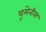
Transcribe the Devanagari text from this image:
यूमेनीस